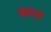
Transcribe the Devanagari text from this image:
मस्ल